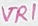
Text: VR1